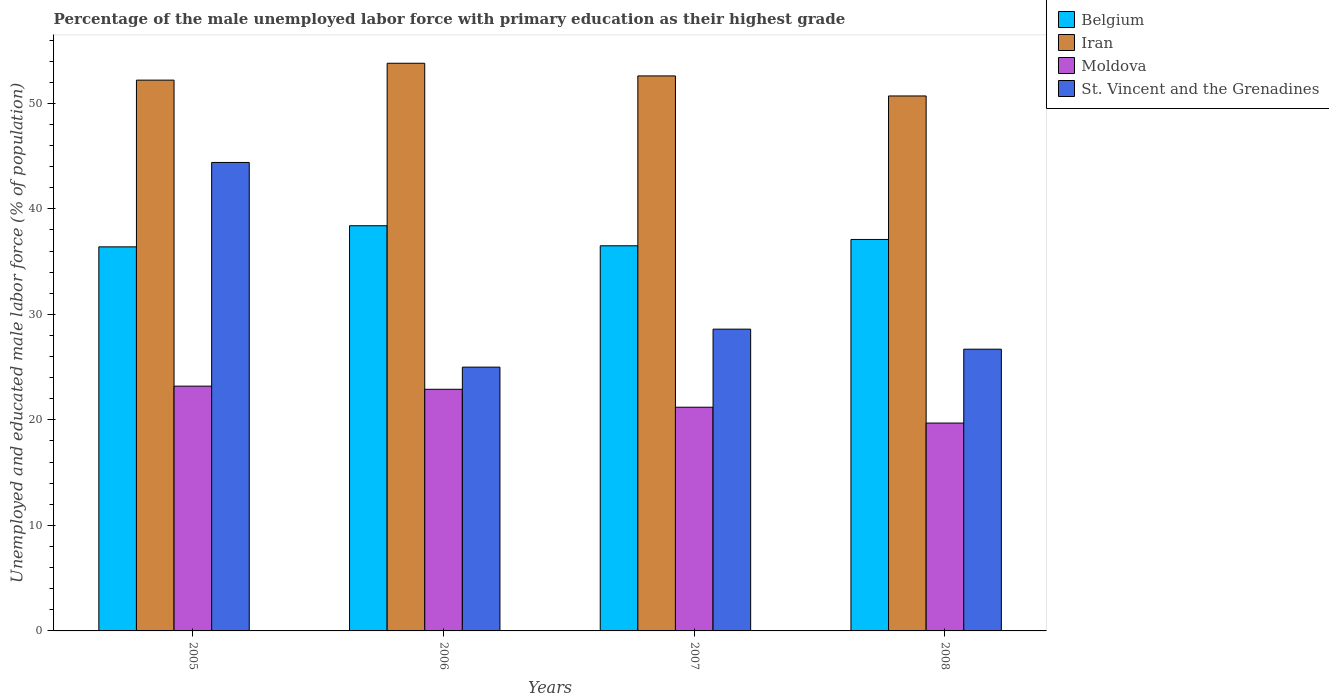
| Years | Belgium | Iran | Moldova | St. Vincent and the Grenadines |
 | --- | --- | --- | --- | --- |
 | 2005 | 36.4 | 52.2 | 23.2 | 44.4 |
 | 2006 | 38.4 | 53.8 | 22.9 | 25 |
 | 2007 | 36.5 | 52.6 | 21.2 | 28.6 |
 | 2008 | 37.1 | 50.7 | 19.7 | 26.7 |